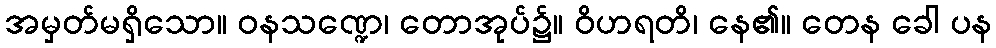
အမှတ်မရှိသော။ ဝနသဏ္ဍေ၊ တောအုပ်၌။ ဝိဟရတိ၊ နေ၏။ တေန ခေါ ပန